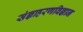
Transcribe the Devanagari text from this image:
संज्ञाहरणविज्ञान